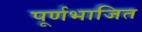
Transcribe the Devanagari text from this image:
पूर्णभाजित